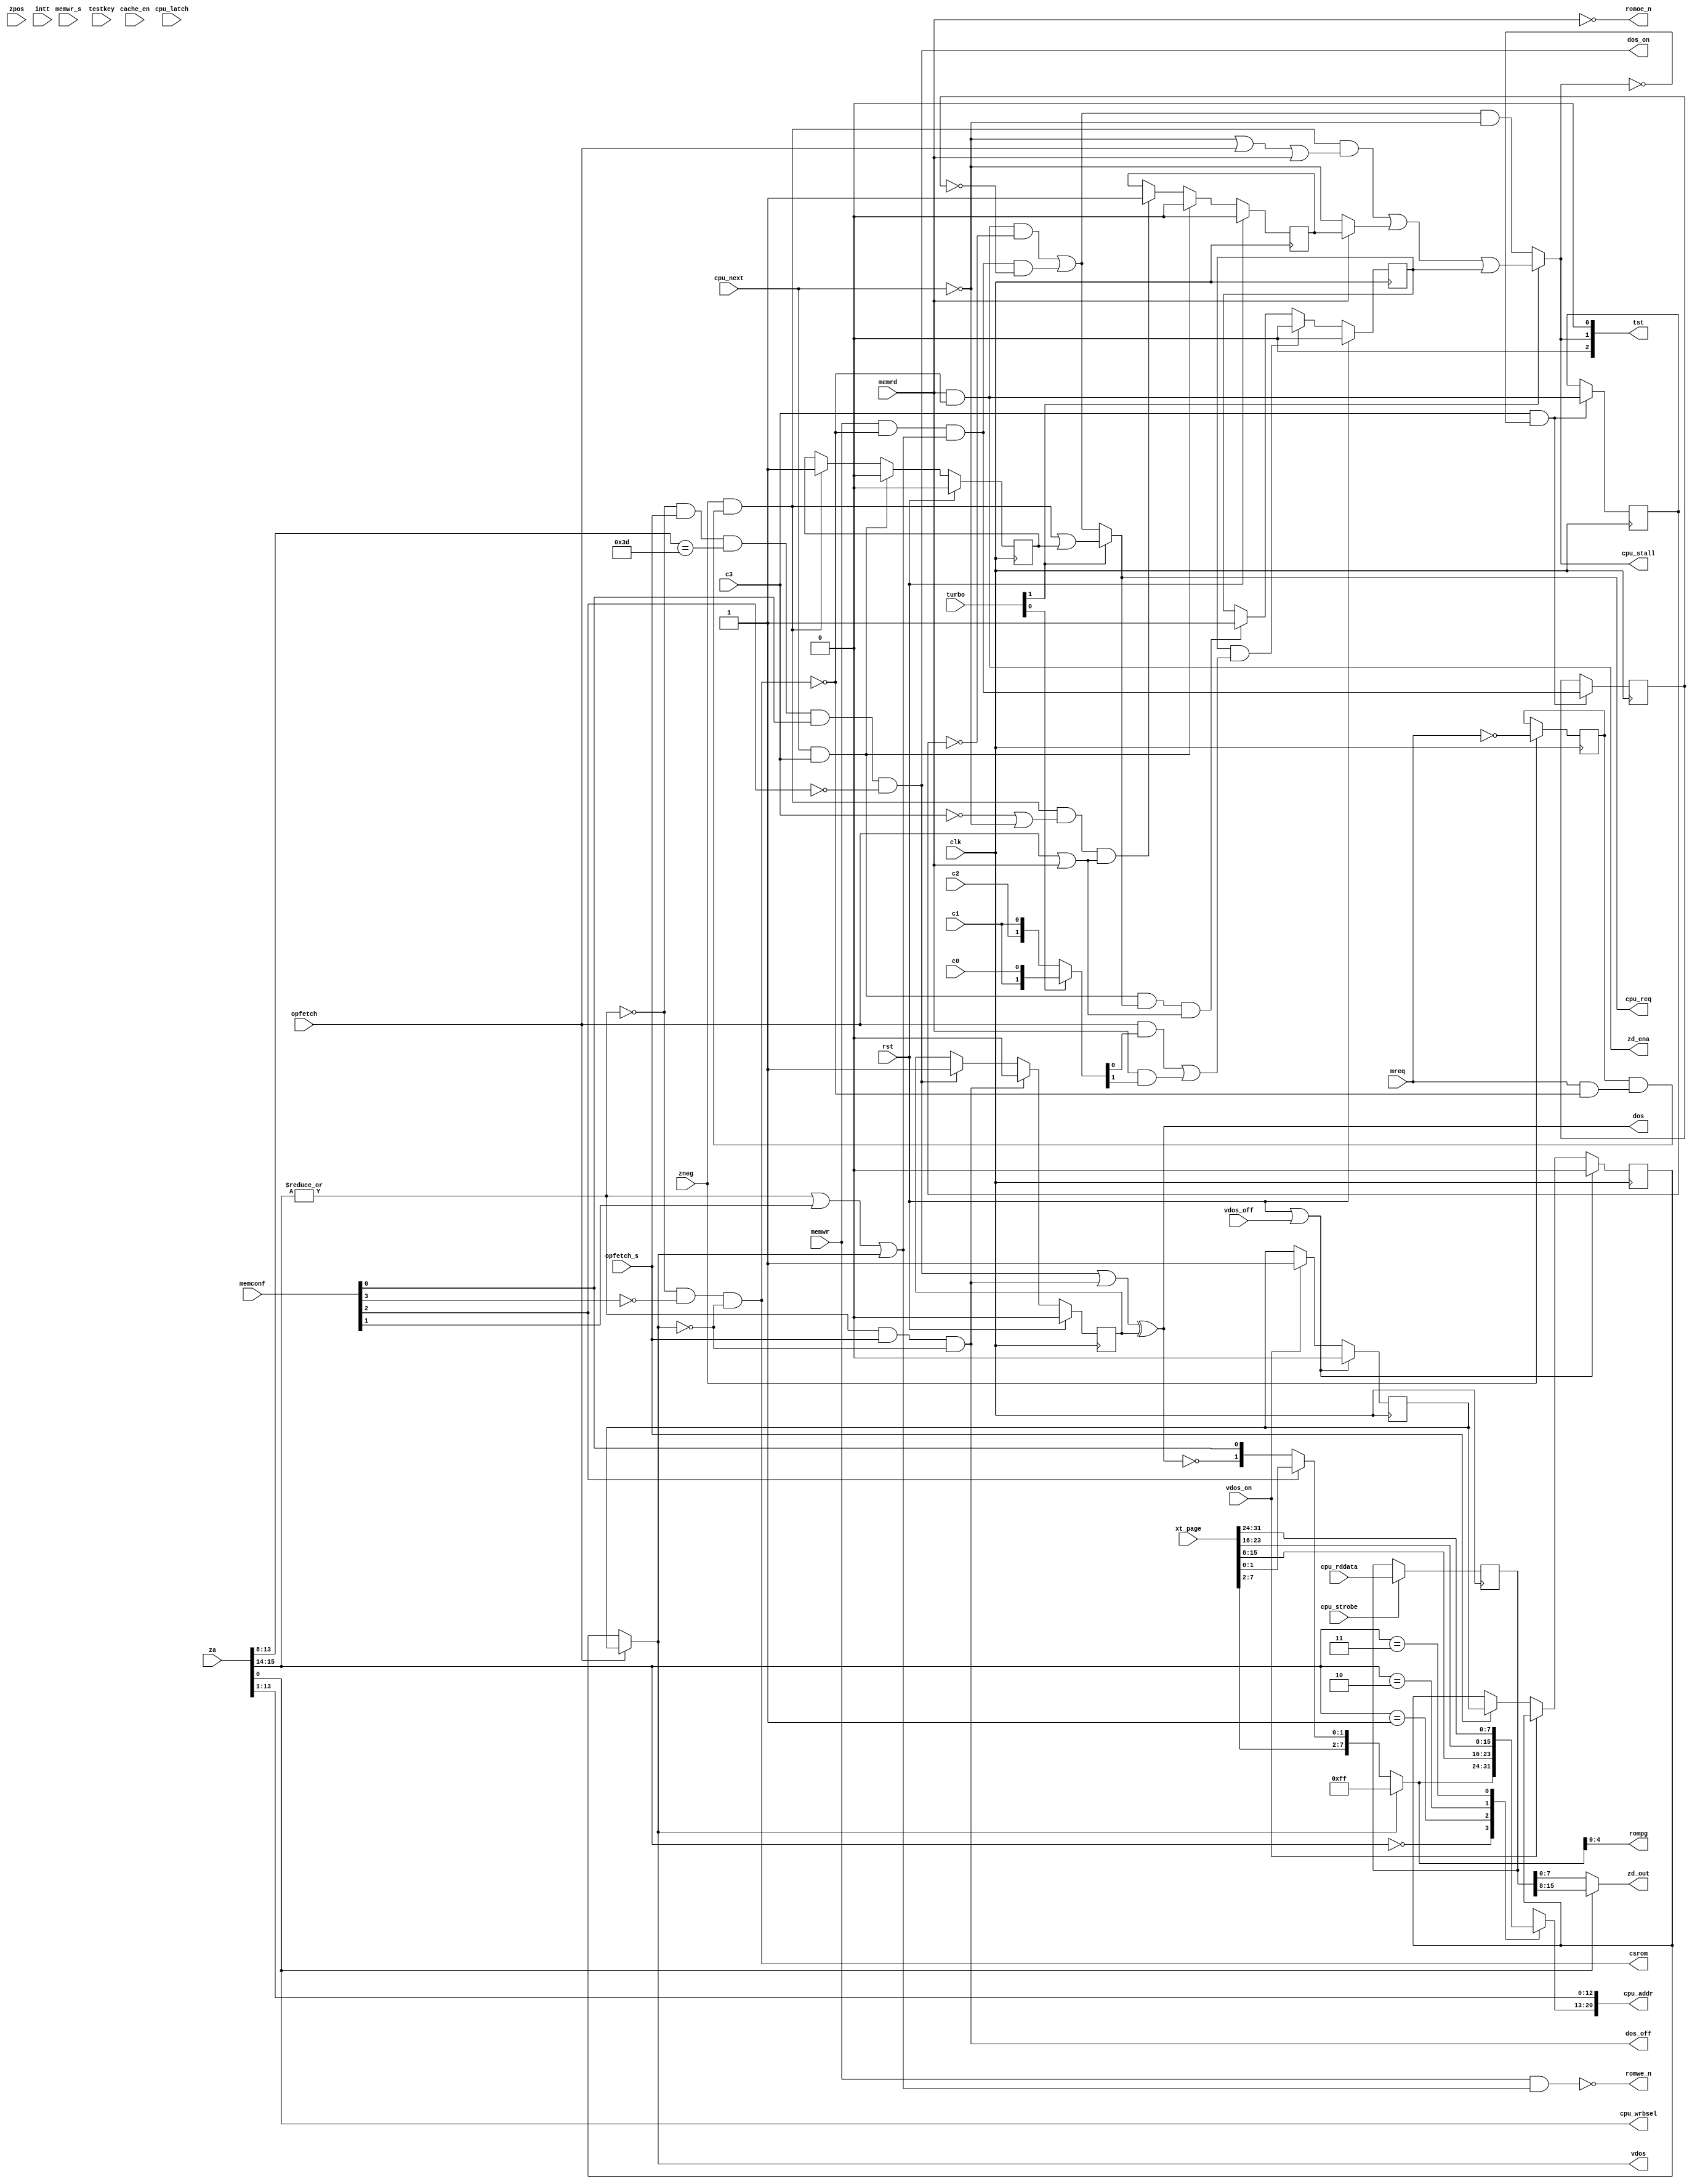
module zmem(

	input  wire clk,
	input  wire c0, c1, c2, c3,
	input  wire zneg, // strobes which show positive and negative edges of zclk
	input  wire zpos,

// Z80
	input  wire rst,
	input  wire [15:0] za,
	output wire [ 7:0] zd_out,  // output to Z80 bus
	output wire zd_ena,         // output to Z80 bus enable

	input  wire opfetch,
	input  wire opfetch_s,
	input  wire mreq,
    input  wire memrd,
    input  wire memwr,
	input  wire memwr_s,

	input  wire [ 1:0] turbo, 	  // 2'b00 - 3.5,
	                              // 2'b01 - 7.0,
	                              // 2'b1x - 14.0
	input wire cache_en,
	input wire [3:0] memconf,
	input wire [31:0] xt_page,

	output wire [4:0] rompg,
	output wire csrom,
	output wire romoe_n,
	output wire romwe_n,

	output wire dos,
  	output wire dos_on,
	output wire dos_off,
	output wire vdos,
	input wire vdos_on,
	input wire vdos_off,

// DRAM
	output wire        cpu_req,
	output wire [20:0] cpu_addr,
	output wire        cpu_wrbsel,
	input  wire [15:0] cpu_rddata,
	input  wire        cpu_next,
	input  wire        cpu_strobe,
	input  wire        cpu_latch,
	output wire        cpu_stall,    // for zclock

	input wire testkey,		// DEBUG!!!

	input wire intt,		// DEBUG!!!
	output wire [2:0] tst
);

	// assign tst = {ramwr_s, cpu_req, intt};
	assign tst = {1'b0, cpu_stall, 1'b0};
	// assign tst = ttt;
	// reg [2:0] ttt;
	// always@*
		// if (cpu_req)
			// ttt = 4;
		// else
			// ttt = 0;


// pager
    wire [1:0] win = za[15:14];
    wire win0 = ~|win;
    wire rw_en = !win0 || memconf[1] || vdos;
    wire [7:0] page = xtpage[win];

	assign rompg = xtpage[0][4:0];
    assign csrom = win0 && !memconf[3] && !vdos;

    wire [7:0] xtpage[0:3];
    assign xtpage[0] = vdos ? 8'hFF : {xt_page[7:2], memconf[2] ? xt_page[1:0] : {~dos, memconf[0]}};
    assign xtpage[1] = xt_page[15:8];
    assign xtpage[2] = xt_page[23:16];
    assign xtpage[3] = xt_page[31:24];


// DOS signal control
	assign dos_on = win0 && opfetch_s && (za[13:8]==6'h3D) && memconf[0] && !memconf[2];
	assign dos_off = !win0 && opfetch_s && !vdos;

	assign dos = (dos_on || dos_off) ^^ dos_r;		// to make dos appear 1 clock earlier than dos_r

    reg dos_r;
	always @(posedge clk)
	if (rst)
		dos_r <= 1'b0;

	else if (dos_off)
			dos_r <= 1'b0;
	else if (dos_on)
			dos_r <= 1'b1;


// VDOS signal control
    // vdos turn on/off is delayed till next opfetch due to INIR that writes right after iord cycle
	assign vdos = opfetch ? pre_vdos : vdos_r;	// vdos appears as soon as first opfetch

    reg pre_vdos, vdos_r;
	always @(posedge clk)
	if (rst || vdos_off)
	begin
		pre_vdos <= 1'b0;
		vdos_r <= 1'b0;
	end
	else if (vdos_on)
		pre_vdos <= 1'b1;
	else if (opfetch_s)
		vdos_r <= pre_vdos;


// address, data in and data out
	assign cpu_wrbsel = za[0];
	assign cpu_addr[20:0] = {page, za[13:1]};
	// wire [15:0] mem_d = cpu_latch ? cpu_rddata : cache_d;
	
	reg [15:0] mem_d;
	always @(posedge clk)
		if (cpu_strobe)
			mem_d <= cpu_rddata;
			
	assign zd_out = ~cpu_wrbsel ? mem_d[7:0] : mem_d[15:8];

// Z80 controls
	assign romoe_n = !memrd;
	assign romwe_n = !(memwr && rw_en);

	wire ramreq = mreq && !csrom;
	wire ramrd = memrd && !csrom;
	wire ramwr = memwr && !csrom && rw_en;
	wire ramwr_s = memwr_s && !csrom && rw_en;
	assign zd_ena = memrd && !csrom;
	
	assign cpu_req = turbo14 ? cpureq_14 : cpureq_357;
	assign cpu_stall = turbo14 ? stall14 : stall357;

	wire turbo14 = turbo[1];
		
// 7/3.5MHz support
	wire cpureq_357 = (ramrd_zs && !cache_hit_en) || ramwr_zs;
	wire stall357 = cpureq_357 && !cpu_next;

	wire ramwr_zs = ramwr && !ramwr_zr;
	wire ramrd_zs = ramrd && !ramrd_zr;

	reg ramrd_zr, ramwr_zr;
	always @(posedge clk)
		if (c3 && !cpu_stall)
		begin
			ramrd_zr <= ramrd;
			ramwr_zr <= ramwr;
		end

// 14MHz support
	// wait tables:
	//
	// M1 opcode fetch, dram_beg concurs with:
	// c3:      +3
	// c2:      +4
	// c1:      +5
	// c0:      +6
	//
	// memory read, dram_beg concurs with:
	// c3:      +2
	// c2:      +3
	// c1:      +4
	// c0:      +5
	//
	// memory write: no wait
	//
	// special case: if dram_beg pulses 1 when cpu_next is 0,
	// unconditional wait has to be performed until cpu_next is 1, and
	// then wait as if dram_beg would concur with c0

	// memrd, opfetch - wait till c3 && cpu_next,
	// memwr - wait till cpu_next
	
	wire cpureq_14 = dram_beg || pending_cpu_req;
	wire stall14 = stall14_ini || stall14_cyc || stall14_fin;
	
	wire dram_beg = (!cache_hit_en || memwr) && zneg && ramreq_s_n;
	
	wire ramreq_s_n = ramreq_r_n && ramreq;
	reg ramreq_r_n;
	always @(posedge clk) if (zneg)
		ramreq_r_n <= !mreq;

	reg pending_cpu_req;
	always @(posedge clk)
	if (rst)
		pending_cpu_req <= 1'b0;
	else if (cpu_next && c3)
		pending_cpu_req <= 1'b0;
	else if (dram_beg)
		pending_cpu_req <= 1'b1;

	wire stall14_ini = dram_beg && (!cpu_next || opfetch || memrd);	// no wait at all in write cycles, if next dram cycle is available
	wire stall14_cyc = memrd ? stall14_cycrd : !cpu_next;


	reg stall14_cycrd;
	always @(posedge clk)
	if (rst)
		stall14_cycrd <= 1'b0;
	else if (cpu_next && c3)
		stall14_cycrd <= 1'b0;
	else if (dram_beg && (!c3 || !cpu_next) && (opfetch || memrd))
		stall14_cycrd <= 1'b1;

	reg stall14_fin;
	always @(posedge clk)
	if (rst)
		stall14_fin <= 1'b0;
	else if (stall14_fin && ((opfetch && cc[0]) || (memrd && cc[1])))
		stall14_fin <= 1'b0;
	else if (cpu_next && c3 && cpu_req && (opfetch || memrd))
		stall14_fin <= 1'b1;

    wire [1:0] cc = turbo[0] ? {c1, c0} : {c2, c1};	// normal or overclock

// cache
	// wire cache_hit = (ch_addr[7:2] != 6'b011100) && (cpu_hi_addr == cache_a) && cache_v;	// debug for BM
	wire cache_hit = (cpu_hi_addr == cache_a) && cache_v;	// asynchronous signal meaning that address requested by CPU is cached and valid
	// wire cache_hit_en = cache_hit && cache_en;
	wire cache_hit_en = 0;
	wire cache_inv = ramwr_s && cache_hit;		// cache invalidation should be only performed if write happens to cached address

	wire [12:0] cpu_hi_addr = {page[7:0], za[13:9]};
	wire [12:0] cache_a;
	wire [7:0] ch_addr = cpu_addr[7:0];

	wire [15:0] cache_d;
	wire cache_v;

// cache_data cache_data (
		// .clock (clk),
		// .data (cpu_rddata),
		// .rdaddress (ch_addr),
		// .wraddress (ch_addr),
		// .wren (cpu_strobe),
		// .q (cache_d)
// );

// cache_addr cache_addr (
		// .clock (clk),
		// .data ({!cache_inv, cpu_hi_addr}),
		// .rdaddress (ch_addr),
		// .wraddress (ch_addr),
		// .wren (cpu_strobe || cache_inv),
		// .q ({cache_v, cache_a})
// );

endmodule